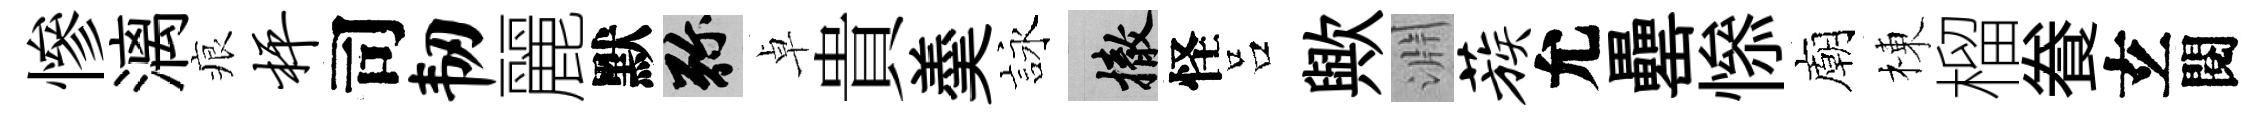
慘漓痕枰司韧麗默弥卓貴羮詠撤怪吕歟淵蔟允罍𢡖廟棟榴飬𤣥閱